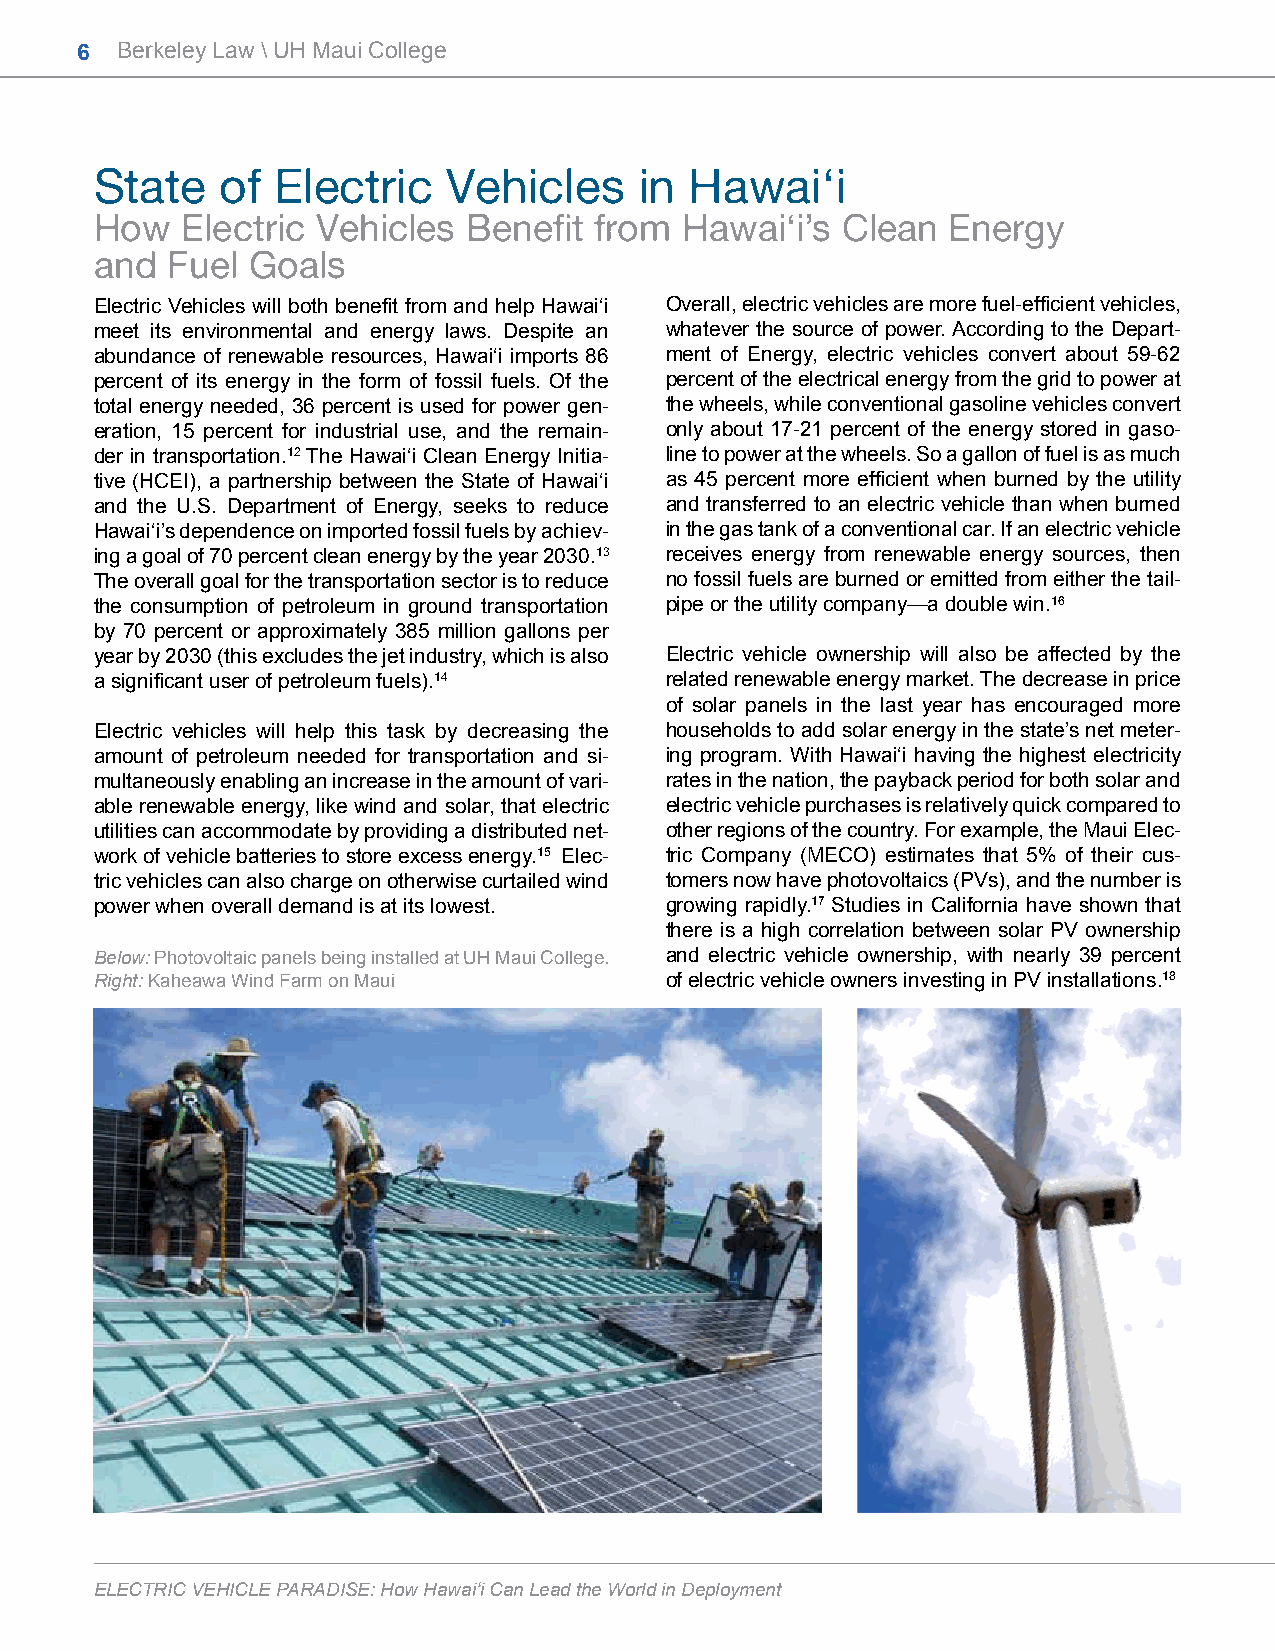
6  Berkeley Law \ UH Maui College
 State    of Electric    Vehicles    in  Hawai‘i
 How   Electric Vehicles  Benefit from  Hawai‘i’s  Clean  Energy
 and  Fuel Goals
 Electric Vehicles will both benefit from and help Hawai‘i Overall, electric vehicles are more fuel-efficient vehicles,
 meet its environmental and energy laws. Despite an whatever the source of power. According to the Depart-
 abundance of renewable resources, Hawai‘i imports 86 ment of Energy, electric vehicles convert about 59-62
 percent of its energy in the form of fossil fuels. Of the percent of the electrical energy from the grid to power at
 total energy needed, 36 percent is used for power gen- the wheels, while conventional gasoline vehicles convert
 eration, 15 percent for industrial use, and the remain- only about 17-21 percent of the energy stored in gaso-
 der in transportation.12 The Hawai‘i Clean Energy Initia- line to power at the wheels. So a gallon of fuel is as much
 tive (HCEI), a partnership between the State of Hawai‘i as 45 percent more efficient when burned by the utility
 and the U.S. Department of Energy, seeks to reduce and transferred to an electric vehicle than when burned
 Hawai‘i’s dependence on imported fossil fuels by achiev- in the gas tank of a conventional car. If an electric vehicle
 ing a goal of 70 percent clean energy by the year 2030.13 receives energy from renewable energy sources, then
 The overall goal for the transportation sector is to reduce no fossil fuels are burned or emitted from either the tail-
 the consumption of petroleum in ground transportation pipe or the utility company—a double win.16
 by 70 percent or approximately 385 million gallons per
 year by 2030 (this excludes the jet industry, which is also Electric vehicle ownership will also be affected by the
 a significant user of petroleum fuels).14 related renewable energy market. The decrease in price
 of solar panels in the last year has encouraged more
 Electric vehicles will help this task by decreasing the households to add solar energy in the state’s net meter-
 amount of petroleum needed for transportation and si- ing program. With Hawai‘i having the highest electricity
 multaneously enabling an increase in the amount of vari- rates in the nation, the payback period for both solar and
 able renewable energy, like wind and solar, that electric electric vehicle purchases is relatively quick compared to
 utilities can accommodate by providing a distributed net- other regions of the country. For example, the Maui Elec-
 work of vehicle batteries to store excess energy.15 Elec- tric Company (MECO) estimates that 5% of their cus-
 tric vehicles can also charge on otherwise curtailed wind tomers now have photovoltaics (PVs), and the number is
 power when overall demand is at its lowest. growing rapidly.17 Studies in California have shown that
 there is a high correlation between solar PV ownership
 Below: Photovoltaic panels being installed at UH Maui College. and electric vehicle ownership, with nearly 39 percent
 Right: Kaheawa Wind Farm on Maui      of electric vehicle owners investing in PV installations.18
 ELECTRIC VEHICLE PARADISE: How Hawai‘i Can Lead the World in Deployment